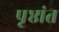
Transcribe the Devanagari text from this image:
पृष्ठांत